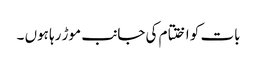
بات کو اختتام کی جانب موڑ رہا ہوں ۔